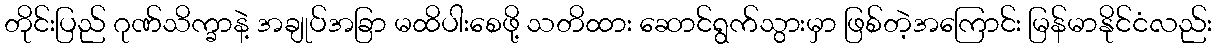
တိုင်းပြည် ဂုဏ်သိက္ခာနဲ့ အချုပ်အခြာ မထိပါးစေဖို့ သတိထား ဆောင်ရွက်သွားမှာ ဖြစ်တဲ့အကြောင်း မြန်မာနိုင်ငံလည်း